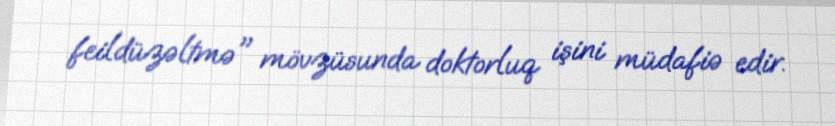
feildüzəltmə" mövzüsunda doktorluq işini müdafiə edir.